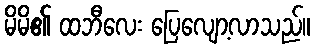
မိမိ၏ ထဘီလေး ပြေလျော့လာသည်။